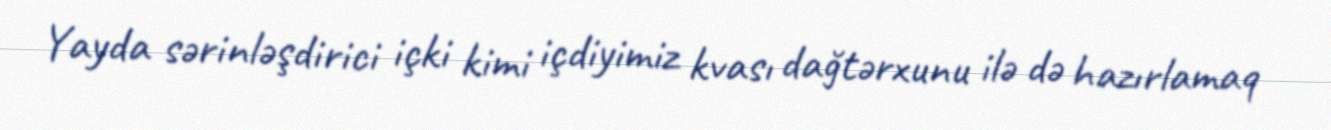
Yayda sərinləşdirici içki kimi içdiyimiz kvası dağtərxunu ilə də hazırlamaq